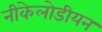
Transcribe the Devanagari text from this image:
नीकेलोडीयन